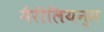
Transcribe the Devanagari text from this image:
मैरीलियन्स